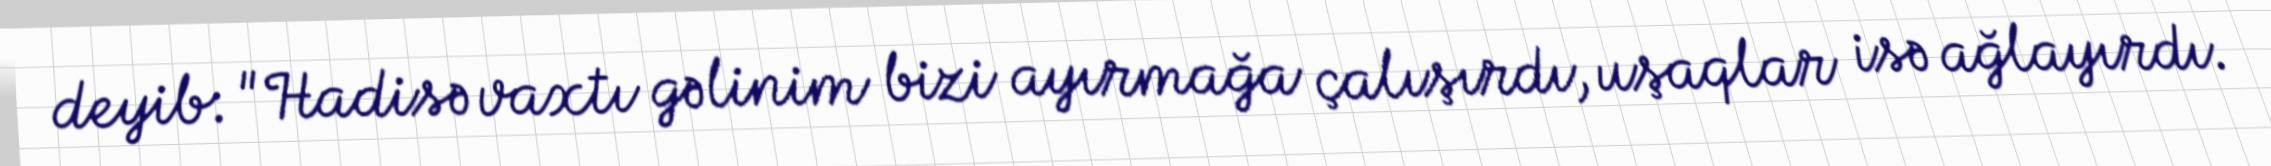
deyib: "Hadisə vaxtı gəlinim bizi ayırmağa çalışırdı, uşaqlar isə ağlayırdı.